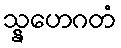
သ္နေဟဂတံ